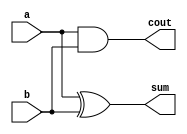
module half_add(a, b, sum, cout);
    input a, b;
    output sum, cout;

    assign sum = a ^ b;
    assign cout = a & b;

endmodule